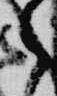
之